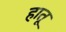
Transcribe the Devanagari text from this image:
हातू